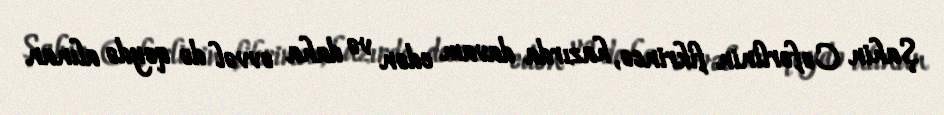
Şahin Cəfərlinin fikrincə, hazırda davam edən və daha əvvəl də qeydə alınan